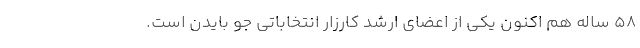
۵۸ ساله هم اکنون یکی از اعضای ارشد کارزار انتخاباتی جو بایدن است.